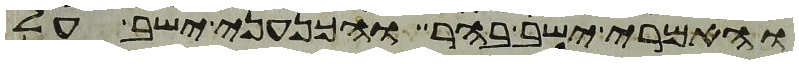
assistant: והאמרי ישב בהר והכנעני ישב על